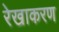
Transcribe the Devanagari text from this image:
रेखाकरण